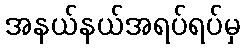
အနယ်နယ်အရပ်ရပ်မှ